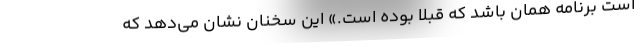
است برنامه همان باشد كه قبلاً ‌بوده است.» این سخنان نشان می‌دهد که